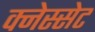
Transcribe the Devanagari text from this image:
क्नेस्सेट